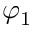
\varphi _ { 1 }